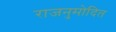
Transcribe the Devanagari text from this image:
राजनुमोदित